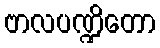
ဗာလပဏ္ဍိတော